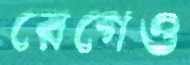
রেগেও